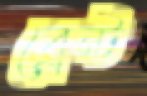
ব্রেন্ট